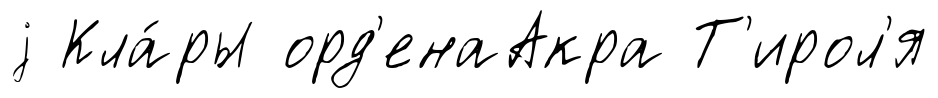
j Кла́ры орд'енаАкра Т'ирол'я